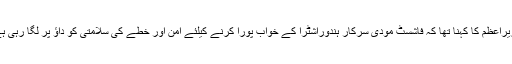
وزیراعظم کا کہنا تھا کہ فاشسٹ مودی سرکار ہندوراشٹرا کے خواب پورا کرنے کیلئے امن اور خطے کی سلامتی کو داؤ پر لگا رہی ہے۔